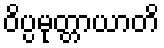
ဝိပ္ပမုတ္တာယာတိ